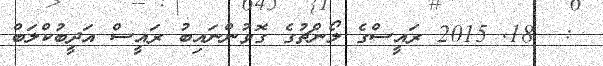
:  18